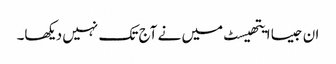
ان جیسا ایتھیسٹ میں نے آج تک نہیں دیکھا۔